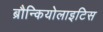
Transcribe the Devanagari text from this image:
ब्रौन्कियोलाइटिस